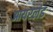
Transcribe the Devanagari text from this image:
आयरलंड